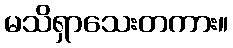
မသိရှာသေးတကား။